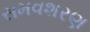
સમવશરણ